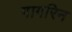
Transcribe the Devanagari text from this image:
गागरिन